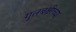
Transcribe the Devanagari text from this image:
गुलबक्षीच्या